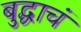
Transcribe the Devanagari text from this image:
बुद्धाचं